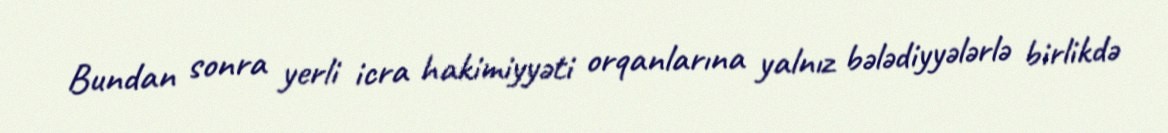
Bundan sonra yerli icra hakimiyyəti orqanlarına yalnız bələdiyyələrlə birlikdə